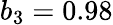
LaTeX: b_{3}=0.98